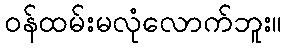
ဝန်ထမ်းမလုံလောက်ဘူး။